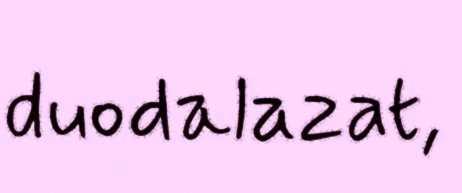
duodalazat,